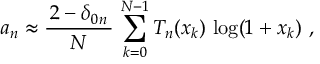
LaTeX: a _ { n } \approx { \frac { \, 2 - \delta _ { 0 n } \, } { N } } \, \sum _ { k = 0 } ^ { N - 1 } T _ { n } ( x _ { k } ) \, \log ( 1 + x _ { k } ) ~ ,